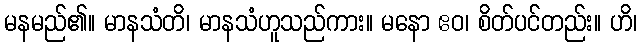
မနမည်၏။ မာနသံတိ၊ မာနသံဟူသည်ကား။ မနော ဧဝ၊ စိတ်ပင်တည်း။ ဟိ၊